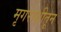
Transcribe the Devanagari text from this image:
मृगराशीतून